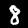
Label: 8